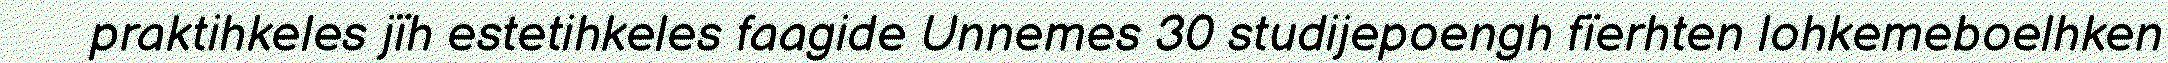
praktihkeles jïh estetihkeles faagide Unnemes 30 studijepoengh fïerhten lohkemeboelhken